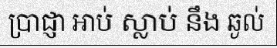
ប្រាជ្ញា អាប់ ស្លាប់ នឹង ឆ្ងល់